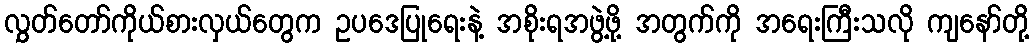
လွှတ်တော်ကိုယ်စားလှယ်တွေက ဥပဒေပြုရေးနဲ့ အစိုးရအဖွဲ့ဖို့ အတွက်ကို အရေးကြီးသလို ကျနော်တို့